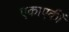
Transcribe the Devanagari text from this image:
एकाएकीं